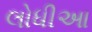
લોધીઆ